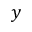
{ \boldsymbol y }